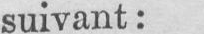
suivant: